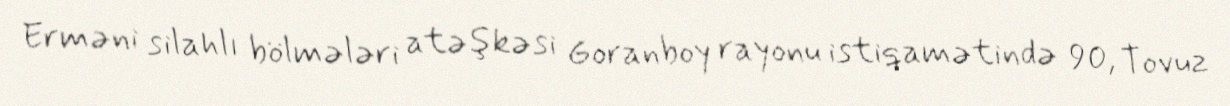
Erməni silahlı bölmələri atəşkəsi Goranboy rayonu istiqamətində 90, Tovuz